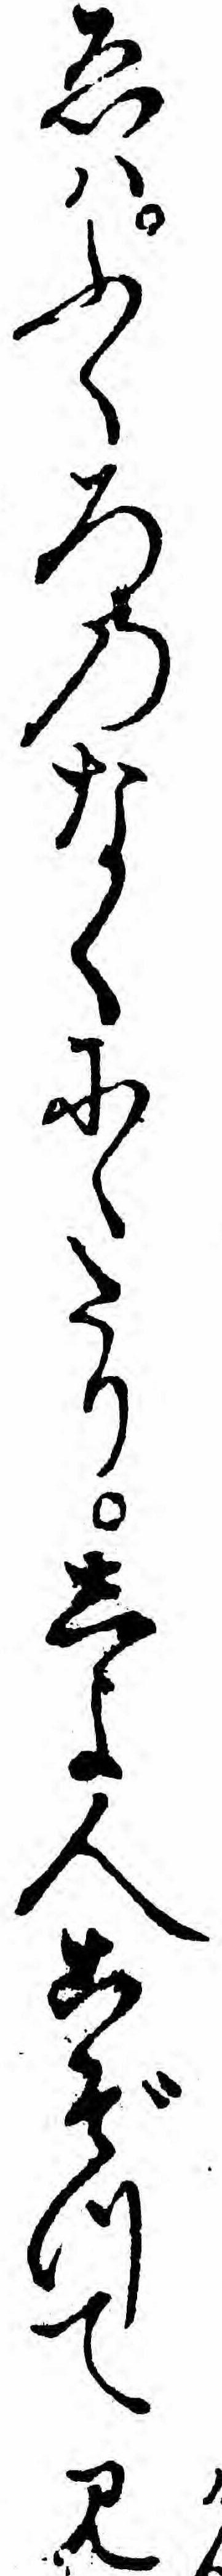
ゑハふくろのなくにゝたりしよ人こぞつて見